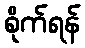
စိုက်ရန်